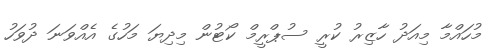
މުހައްމާ މިއަދު ހާޒިރު ކުރީ ސުޕްރީމް ކޯޓުން މިދިޔަ މަހުގެ އެއްވަނަ ދުވަހު